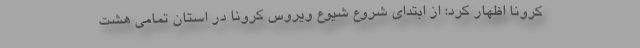
کرونا اظهار کرد: از ابتدای شروع شیوع ویروس کرونا در استان تمامی هشت